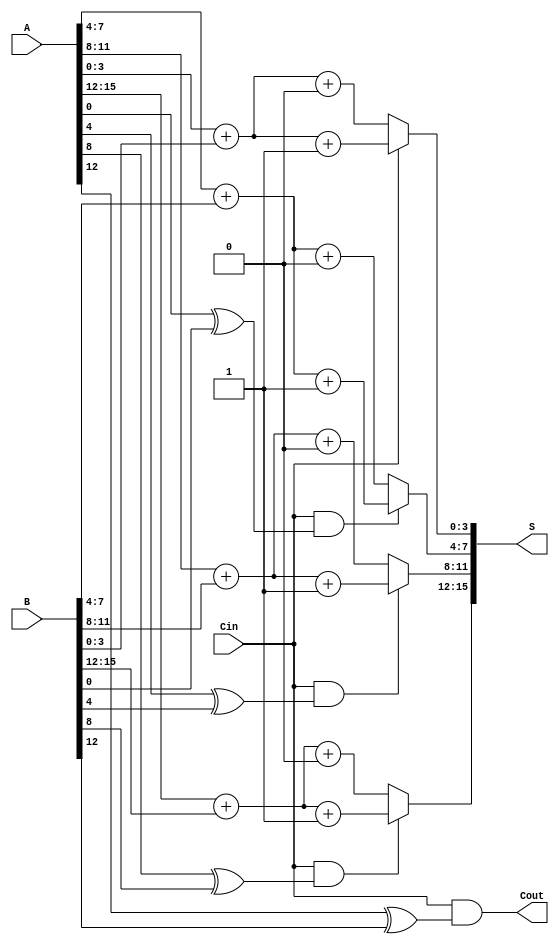
module CCSA #(parameter n = 16, parameter k = 4) (
    input [n-1:0] A,   // n-bit input A
    input [n-1:0] B,   // n-bit input B
    input Cin,         // Carry-in
    output [n-1:0] S,  // n-bit sum output
    output Cout        // Carry-out
);
    localparam m = n / k; // Number of segments

    // Generate intermediate sums and carries
    wire [k-1:0] S0[m-1:0]; // Sums with carry-in 0
    wire [k-1:0] S1[m-1:0]; // Sums with carry-in 1
    wire C[m-1:0]; // Carry out for each segment
    wire C_temp[m-1:0]; // Temporary carry for the next segment

    // Generate the sum and carry for each segment
    genvar i;
    generate
        for (i = 0; i < m; i = i + 1) begin : segment
            // Calculate starting index for segment
            wire [k-1:0] A_segment = A[i*k +: k];
            wire [k-1:0] B_segment = B[i*k +: k];

            // Calculate S0 and S1
            assign S0[i] = A_segment + B_segment + 1'b0;
            assign S1[i] = A_segment + B_segment + 1'b1;

            // Calculate carry out for the current segment
            assign C_temp[i] = (A_segment & B_segment) | (Cin & (A_segment ^ B_segment));
            assign C[i] = Cin & (A_segment ^ B_segment);
        end
    endgenerate

    // MUX for selecting the final sum based on carry-in
    wire [k-1:0] S_selected[m-1:0];
    assign S_selected[0] = Cin ? S1[0] : S0[0];

    // Generate selected sums and carry out for subsequent segments
    generate
        for (i = 1; i < m; i = i + 1) begin : select
            assign S_selected[i] = C[i-1] ? S1[i] : S0[i];
        end
    endgenerate

    // Concatenate the selected sums into the final output
    assign S = {S_selected[m-1], S_selected[m-2], S_selected[m-3], S_selected[m-4]};
    assign Cout = C[m-1];

endmodule